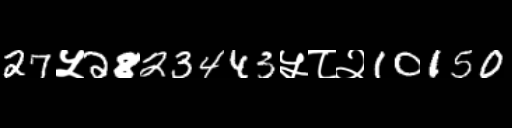
Text: 27५2823443५८२10150